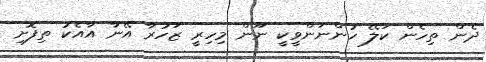
ދެން ތިހެން ކަލޭ ހުންނަންވީކީ ނޫން މިހިރީ ޒަހުރާ އޭނާ އާއެކު ތިފޮށި